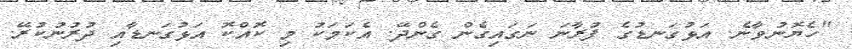
"ހެޔޮނުވާނެ. އަޅުގަނޑުގެ ފުރާނަ ނަގައިގެން ގެންދޭ. އެކަމަކު މި ކޮއްކޮ އަޅުގަނޑާއި ދުރުނުކުރޭ.